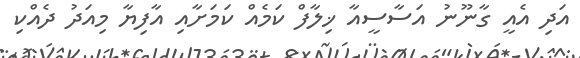
އަދި އެއީ ގާނޫނު އަސާސީއާ ޚިލާފް ކަމެއް ކަމަށާއި އާފިޔާ މިއަދު ދެއްކި